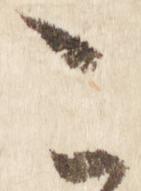
こ